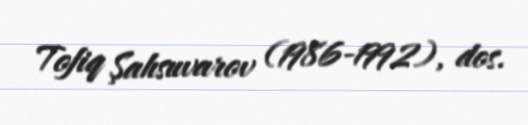
Tofiq Şahsuvarov (1986-1992), dos.